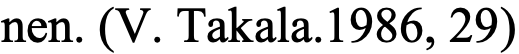
nen. (V. Takala.1986, 29)